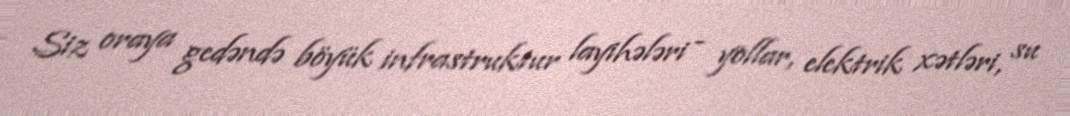
Siz oraya gedəndə böyük infrastruktur layihələri - yollar, elektrik xətləri, su